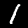
Label: 1